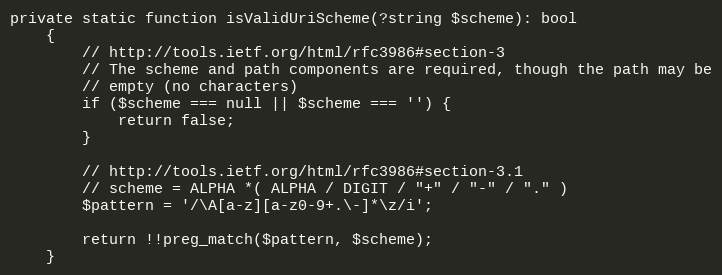
Language: PHP
private static function isValidUriScheme(?string $scheme): bool
    {
        // http://tools.ietf.org/html/rfc3986#section-3
        // The scheme and path components are required, though the path may be
        // empty (no characters)
        if ($scheme === null || $scheme === '') {
            return false;
        }

        // http://tools.ietf.org/html/rfc3986#section-3.1
        // scheme = ALPHA *( ALPHA / DIGIT / "+" / "-" / "." )
        $pattern = '/\A[a-z][a-z0-9+.\-]*\z/i';

        return !!preg_match($pattern, $scheme);
    }